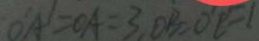
O A ^ { \prime } = O A = 3 , O B = O ^ { \prime } C = 1